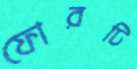
ফোরটি